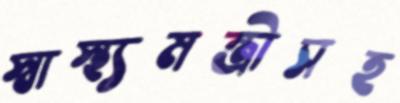
স্বাস্থ্যমন্ত্রীসহ